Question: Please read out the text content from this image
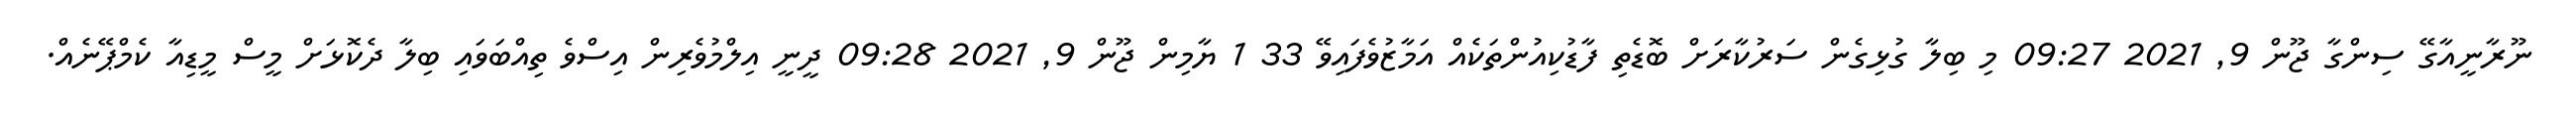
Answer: ނޫރާނީއާގޭ ސިންގާ ޖޫން 9, 2021 09:27 މި ބިލާ ގުޅިގެން ސަރުކާރަށް ބޮޑެތި ފާޑުކިއުންތަކެއް އަމާޒުވެފައިވޭ 33 1 ޔާމިން ޖޫން 9, 2021 09:28 ދީނީ އިލްމުވެރިން އިސްވެ ތިއްބަވައި ބިލާ ދެކޮޅަށް މީސް މީޑިއާ ކެމްޕޭނެއް.